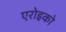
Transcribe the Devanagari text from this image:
एरोइको